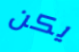
يكن